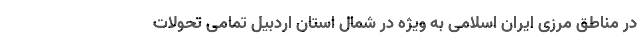
در مناطق مرزی ایران اسلامی به ویژه در شمال استان اردبیل تمامی تحولات